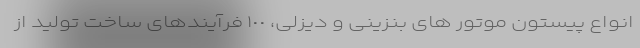
انواع پیستون موتور های بنزینی و دیزلی، ١٠٠ فرآیندهای ساخت تولید از